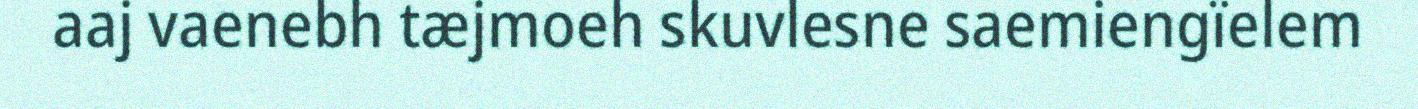
aaj vaenebh tæjmoeh skuvlesne saemiengïelem